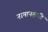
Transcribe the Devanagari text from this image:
नामानह्वयति